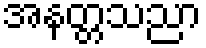
အနတ္တသညာ